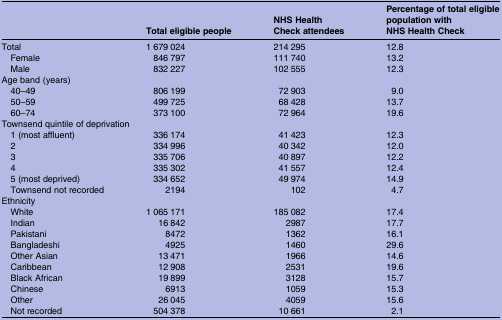
|  | Total eligible people | NHS Health Check attendees | Percentage of total eligible population with NHS Health Check |
 | --- | --- | --- | --- |
 | Total | 1 679 024 | 214 295 | 12.8 |
 | Female | 846 797 | 111 740 | 13.2 |
 | Male | 832 227 | 102 555 | 12.3 |
 | <COLSPAN=4> Age band (years) |
 | 40–49 | 806 199 | 72 903 | 9.0 |
 | 50–59 | 499 725 | 68 428 | 13.7 |
 | 60–74 | 373 100 | 72 964 | 19.6 |
 | <COLSPAN=4> Townsend quintile of deprivation |
 | 1 (most affluent) | 336 174 | 41 423 | 12.3 |
 | 2 | 334 996 | 40 342 | 12.0 |
 | 3 | 335 706 | 40 897 | 12.2 |
 | 4 | 335 302 | 41 557 | 12.4 |
 | 5 (most deprived) | 334 652 | 49 974 | 14.9 |
 | Townsend not recorded | 2194 | 102 | 4.7 |
 | <COLSPAN=4> Ethnicity |
 | White | 1 065 171 | 185 082 | 17.4 |
 | Indian | 16 842 | 2987 | 17.7 |
 | Pakistani | 8472 | 1362 | 16.1 |
 | Bangladeshi | 4925 | 1460 | 29.6 |
 | Other Asian | 13 471 | 1966 | 14.6 |
 | Caribbean | 12 908 | 2531 | 19.6 |
 | Black African | 19 899 | 3128 | 15.7 |
 | Chinese | 6913 | 1059 | 15.3 |
 | Other | 26 045 | 4059 | 15.6 |
 | Not recorded | 504 378 | 10 661 | 2.1 |